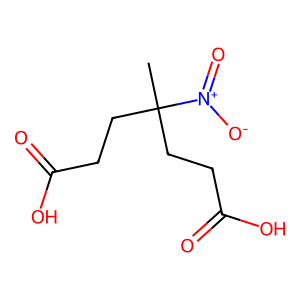
SMILES: CC(CCC(=O)O)(CCC(=O)O)[N+](=O)[O-]
Inhibits HIV replication: No